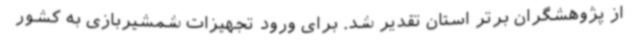
از پژوهشگران برتر استان تقدیر شد. برای ورود تجهیزات شمشیربازی به کشور